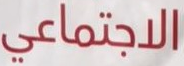
الاجتماعي